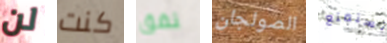
لن كنت نفق الصولجان تستمتع